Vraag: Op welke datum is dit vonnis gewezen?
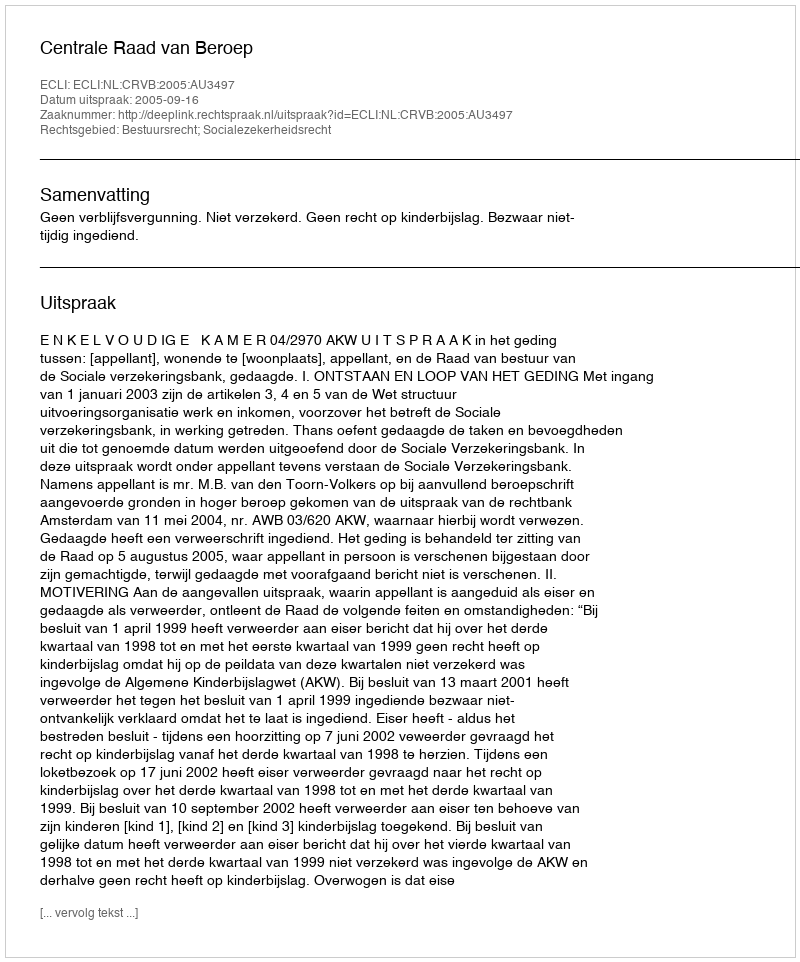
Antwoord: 2005-09-16